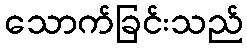
သောက်ခြင်းသည်